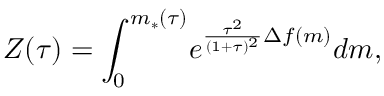
\begin{array} { c c c } { \displaystyle { Z ( \tau ) = \int _ { 0 } ^ { m _ { * } ( \tau ) } \! e ^ { \frac { \tau ^ { 2 } } { ( 1 + \tau ) ^ { 2 } } \Delta f ( m ) } d m , } } \end{array}